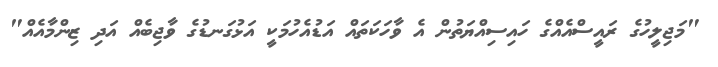
"މަޖިލީހުގެ ރައީސްއެއްގެ ހައިސިއްޔަތުން އެ ވާހަކަތައް އަޑުއެހުމަކީ އަޅުގަނޑުގެ ވާޖިބެއް އަދި ޒިންމާއެއް"